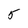
Character: 5